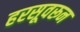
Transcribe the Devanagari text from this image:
हरसूवरून